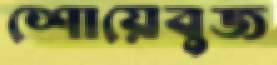
শোয়েবুজ